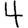
Digit: 4